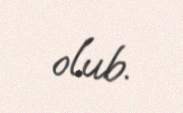
olub.